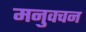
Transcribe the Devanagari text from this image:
मनुवचन